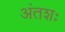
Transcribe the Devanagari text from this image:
अंतशः